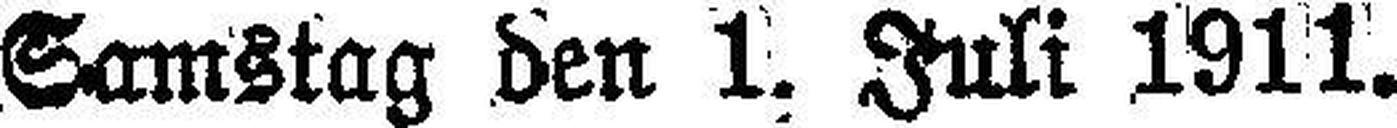
Samstag den 1. Juli 1911.